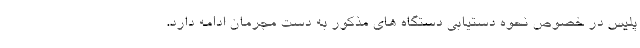
پلیس در خصوص نحوه دستیابی دستگاه های مذکور به دست مجرمان ادامه دارد.